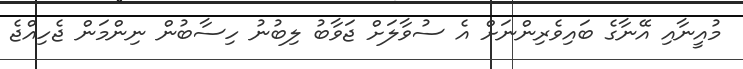
މުއީނާއި އޭނާގެ ބައިވެރިންނަށް އެ ސުވާލަށް ޖަވާބު ލިބުނު ހިސާބުން ނިންމަން ޖެހިއްޖެ